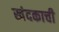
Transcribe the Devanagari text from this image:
खंदकाची